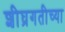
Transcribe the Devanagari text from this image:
शीघ्रगतीच्या